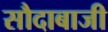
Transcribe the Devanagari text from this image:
सौदाबाजी